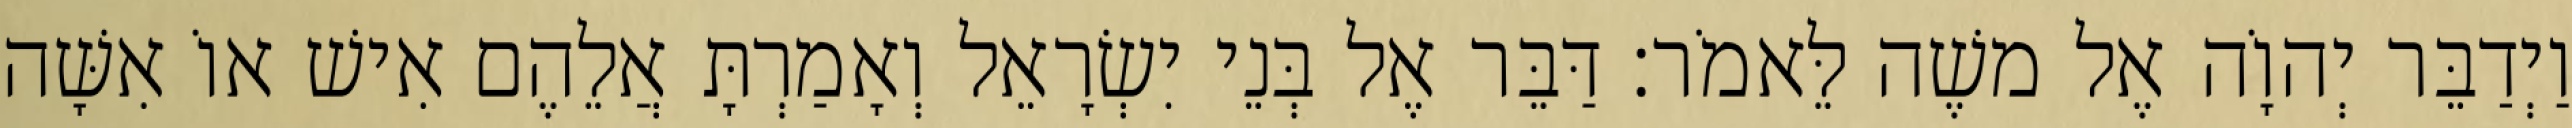
וַיְדַבֵּר יְהוָֹה אֶל משֶׁה לֵּאמֹר׃ דַּבֵּר אֶל בְּנֵי יִשְׂרָאֵל וְאָמַרְתָּ אֲלֵהֶם אִישׁ אוֹ אִשָּׁה